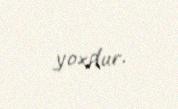
yoxdur.